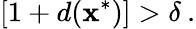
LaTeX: \left[1+d(\textbf{x}^{*})\right]>\delta\: .